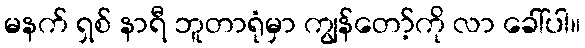
မနက် ရှစ် နာရီ ဘူတာရုံမှာ ကျွန်တော့်ကို လာ ခေါ်ပါ။